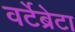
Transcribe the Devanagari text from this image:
वर्टेब्रेटा